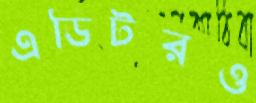
এডিটরও